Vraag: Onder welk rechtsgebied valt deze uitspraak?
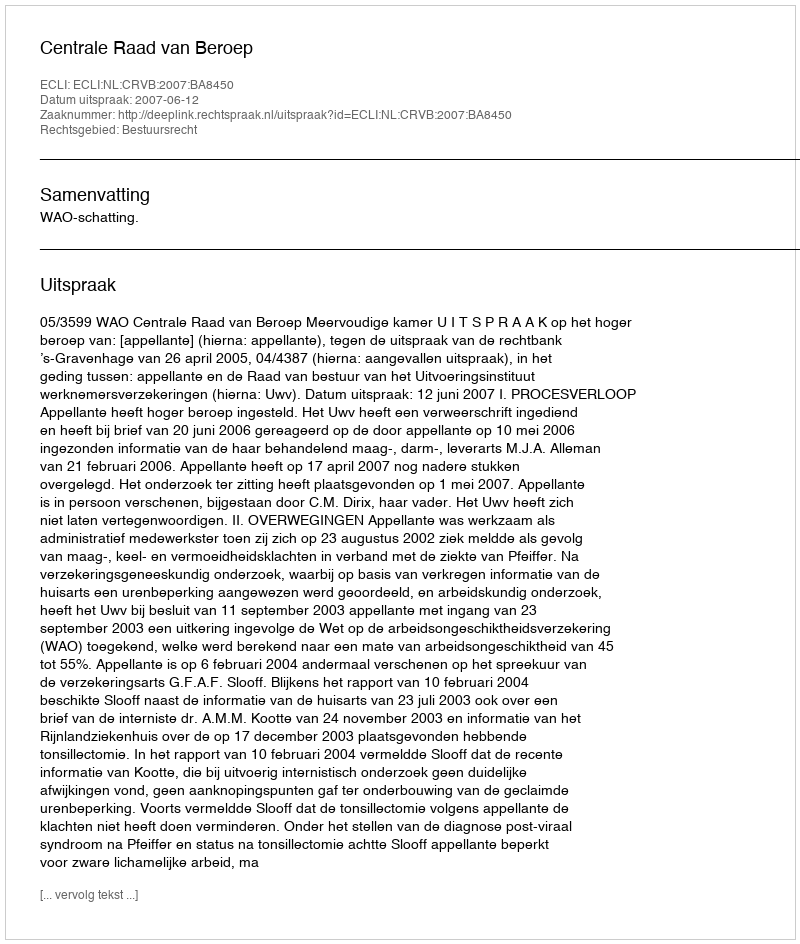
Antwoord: Bestuursrecht